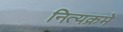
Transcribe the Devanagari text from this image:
नित्यक्रमे